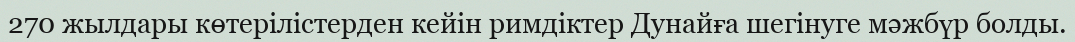
270 жылдары көтерілістерден кейін римдіктер Дунайға шегінуге мәжбүр болды.